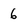
Character: 6